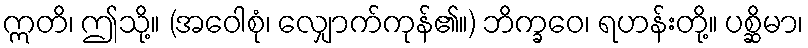
ဣတိ၊ ဤသို့။ (အဝေါစုံ၊ လျှောက်ကုန်၏။) ဘိက္ခဝေ၊ ရဟန်းတို့။ ပစ္ဆိမာ၊